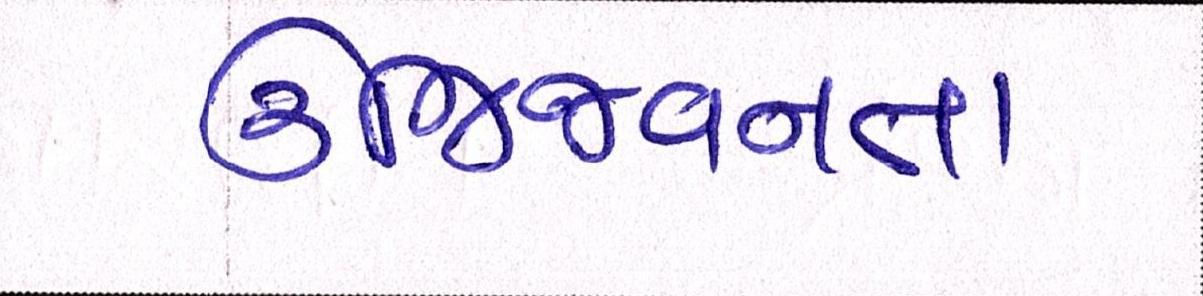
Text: ઉજ્જિવનના